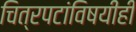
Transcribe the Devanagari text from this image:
चित्रपटांविषयीही